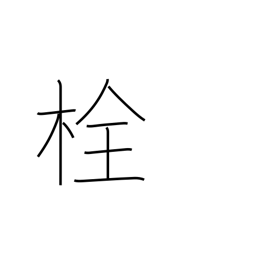
Meaning: plug